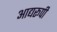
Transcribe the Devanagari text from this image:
आद्यरूपी